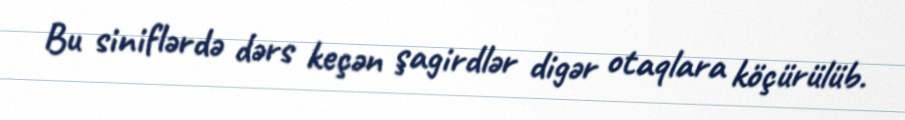
Bu siniflərdə dərs keçən şagirdlər digər otaqlara köçürülüb.